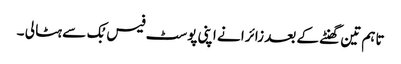
تاہم تین گھنٹے کے بعد زائرا نے اپنی پوسٹ فیس بُک سے ہٹا لی ۔